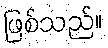
ဖြစ်သည်။